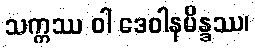
သက္ကဿ ဝါ ဒေဝါနမိန္ဒဿ၊